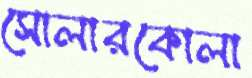
সোলারকোলা